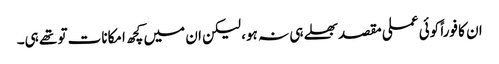
ان کا فوراً کوئی عملی مقصد بھلے ہی نہ ہو، لیکن ان میں کچھ امکانات تو تھے ہی۔